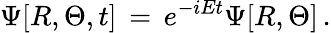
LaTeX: \Psi[R,\Theta,t]\, =\, e^{-iEt}\Psi[R,\Theta]\, .